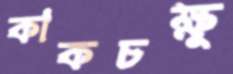
কাকচক্ষু